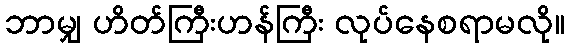
ဘာမျှ ဟိတ်ကြီးဟန်ကြီး လုပ်နေစရာမလို။